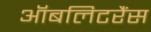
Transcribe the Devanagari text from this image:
ऑबलिटरैंस